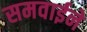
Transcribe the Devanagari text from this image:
समवाईने